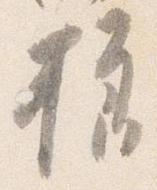
様